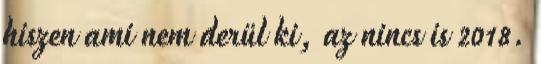
hiszen ami nem derül ki, az nincs is 2018.